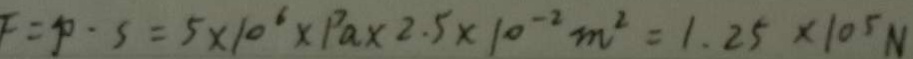
F = p \cdots = 5 \times 1 0 ^ { 6 } \times P a \times 2 . 5 \times 1 0 ^ { - 2 } m ^ { 2 } = 1 . 2 5 \times 1 0 ^ { 5 } N